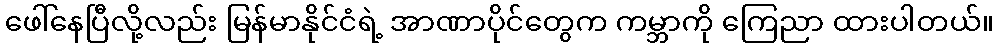
ဖေါ်နေပြီလို့လည်း မြန်မာနိုင်ငံရဲ့ အာဏာပိုင်တွေက ကမ္ဘာကို ကြေညာ ထားပါတယ်။